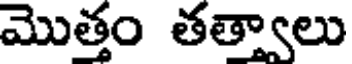
మొత్తం తత్వాలు